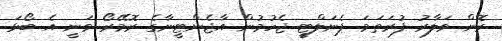
ރޮން ވަލާރު ފުރަތަމަ ޕެނަލްޓީ ޖެހުމުން އާޖެންޓީނާގެ ރޮމޭރޯ ވަނީ އެ ބޯޅަ